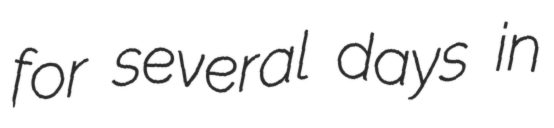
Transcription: for several days in